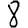
Digit: 8